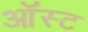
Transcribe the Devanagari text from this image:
ऑस्ट